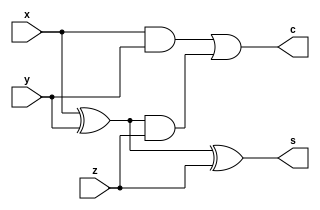
`timescale 1ns / 1ps

module Full_Adder(x, y, z, s, c);

input x, y, z;
output s, c;
wire s1, c1, c2;

assign s1 = x^y;
assign c1 = x&y;
assign c2 = s1&z;
assign s = s1^z;
assign c = c1|c2;
//*/

/*
assign s = x^y^z;
assign c = (x&y) & (s&z);
*/

endmodule